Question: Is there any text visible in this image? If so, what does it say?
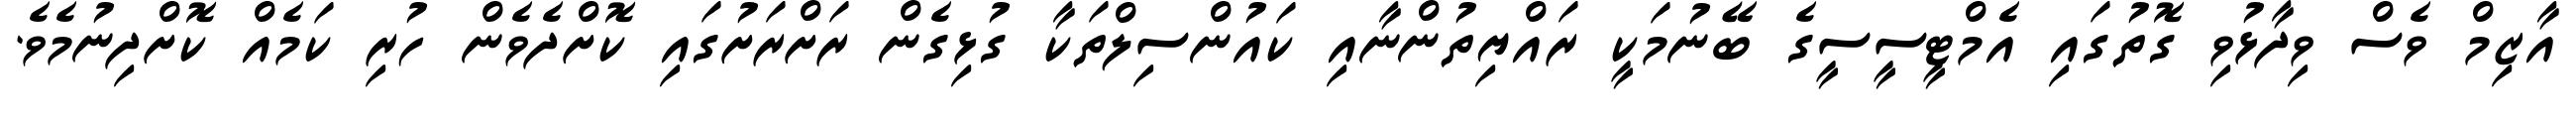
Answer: އާޒިމް ވެސް ވިދާޅުވި ގޮތުގައި އެމްޓީސީސީގެ ބޭނުމަކީ ރައްޔިތުންނާއި ކައުންސިލްތަކާ ގުޅިގެން ރަށްރަށުގައި ކޮށްދެވެން ހުރި ކަމެއް ކޮށްދިނުމެވެ.